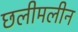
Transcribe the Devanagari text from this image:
छलीमलीन